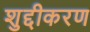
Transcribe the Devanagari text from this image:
शुद्दीकरण